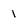
Character: 1